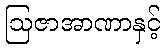
ဩဇာအာဏာနှင့်